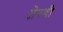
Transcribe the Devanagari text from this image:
प्रेस्वी